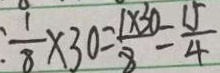
: \frac { 1 } { 8 } \times 3 0 = \frac { 1 \times 3 0 } { 8 } = \frac { 1 5 } { 4 }